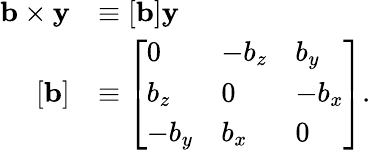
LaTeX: {\begin{array}{rl}{\mathbf{b}\times\mathbf{y}}&{\equiv\left[\mathbf{b}\right]\mathbf{y}}\\ {\left[\mathbf{b}\right]}&{\equiv{\left[\begin{array}{lll}{0}&{-b_{z}}&{b_{y}}\\ {b_{z}}&{0}&{-b_{x}}\\ {-b_{y}}&{b_{x}}&{0}\end{array}\right]}.}\end{array}}